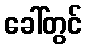
ခေါ်တွင်